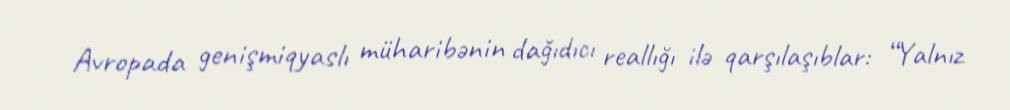
Avropada genişmiqyaslı müharibənin dağıdıcı reallığı ilə qarşılaşıblar: “Yalnız